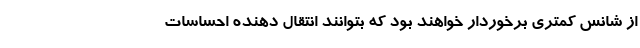
از شانس کمتری برخوردار خواهند بود که بتوانند انتقال دهنده احساسات